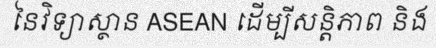
នៃវិទ្យាស្ថាន ASEAN ដើម្បីសន្តិភាព និង